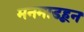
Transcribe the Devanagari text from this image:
मनमाडहून